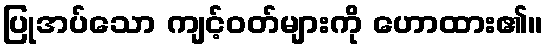
ပြုအပ်သော ကျင့်ဝတ်များကို ဟောထား၏။